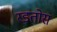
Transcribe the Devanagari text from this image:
रडतोस